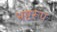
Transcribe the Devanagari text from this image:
भ्रष्टरूप